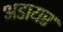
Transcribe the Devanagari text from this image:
अडायर